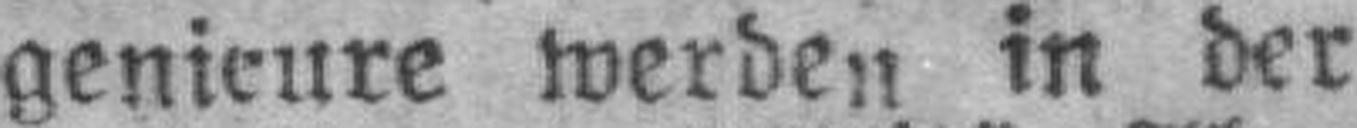
genieure werden in der